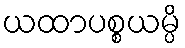
ယထာပစ္စယမ္ပိ